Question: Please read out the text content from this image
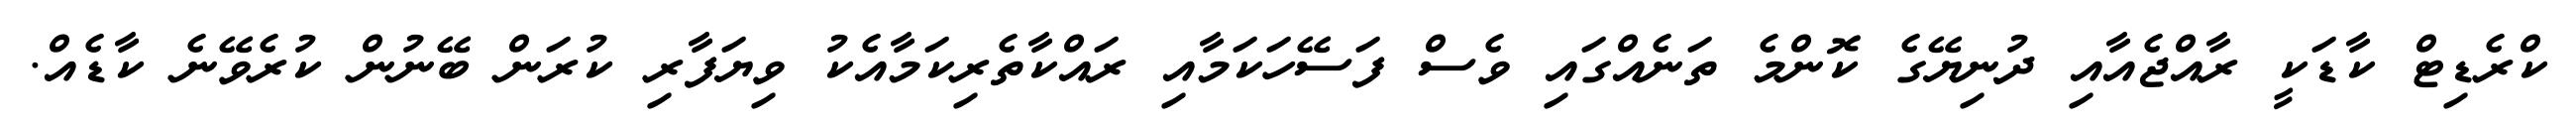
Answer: ކްރެޑިޓް ކާޑަކީ ރާއްޖެއާއި ދުނިޔޭގެ ކޮންމެ ތަނެއްގައި ވެސް ފަސޭހަކަމާއި ރައްކާތެރިކަމާއެކު ވިޔަފާރި ކުރަން ބޭނުން ކުރެވޭނެ ކާޑެއް.